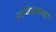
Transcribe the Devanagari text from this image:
संविधानका